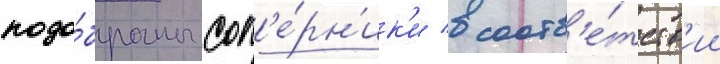
подо́браны соп'е́рн'ик'и в соотв'е́тств'ии